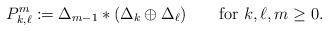
LaTeX: \begin{align*}P_{k,\ell}^m := \Delta_{m-1}*(\Delta_k\oplus\Delta_\ell)\qquad\textrm{for } k,\ell,m\ge0. \end{align*}